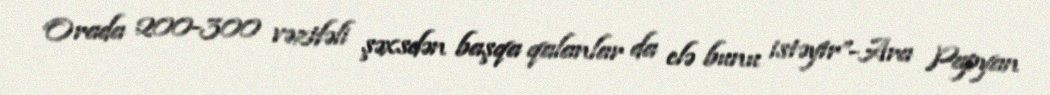
Orada 200-300 vəzifəli şəxsdən başqa qalanlar da elə bunu istəyir”-Ara Papyan